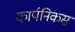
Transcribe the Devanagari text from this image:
कार्पनिकस